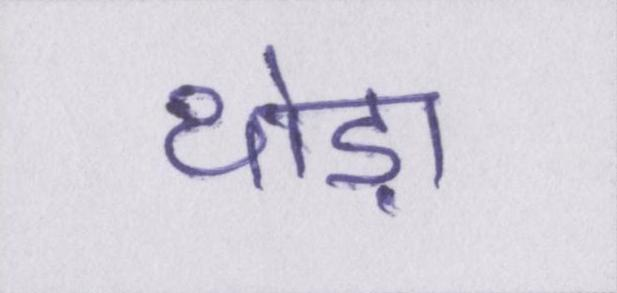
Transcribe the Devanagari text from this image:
थोड़ा